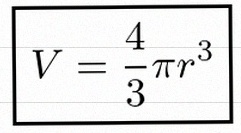
V=\frac43\pi r^3